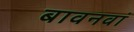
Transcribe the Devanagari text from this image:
बावनवां